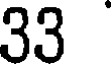
33